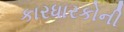
કારધારકોની